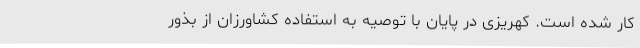
کار شده است. کهریزی در پایان با توصیه به استفاده کشاورزان از بذور